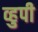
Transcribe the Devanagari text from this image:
व्हुपी